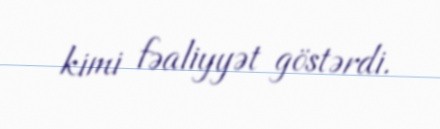
kimi fəaliyyət göstərdi.